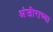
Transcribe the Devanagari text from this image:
अंजीराच्या